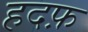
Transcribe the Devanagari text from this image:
हदफ़